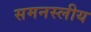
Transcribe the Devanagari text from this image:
समनस्लीय